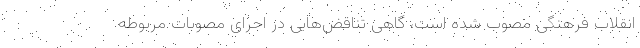
انقلاب فرهنگی مصوب شده است، گاهی تناقض‌هایی در اجرای مصوبات مربوطه